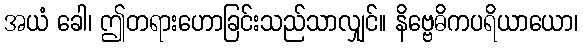
အယံ ခေါ၊ ဤတရားဟောခြင်းသည်သာလျှင်။ နိဗ္ဗေဓိကပရိယာယော၊